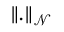
\| . \| _ { \mathcal { N } }